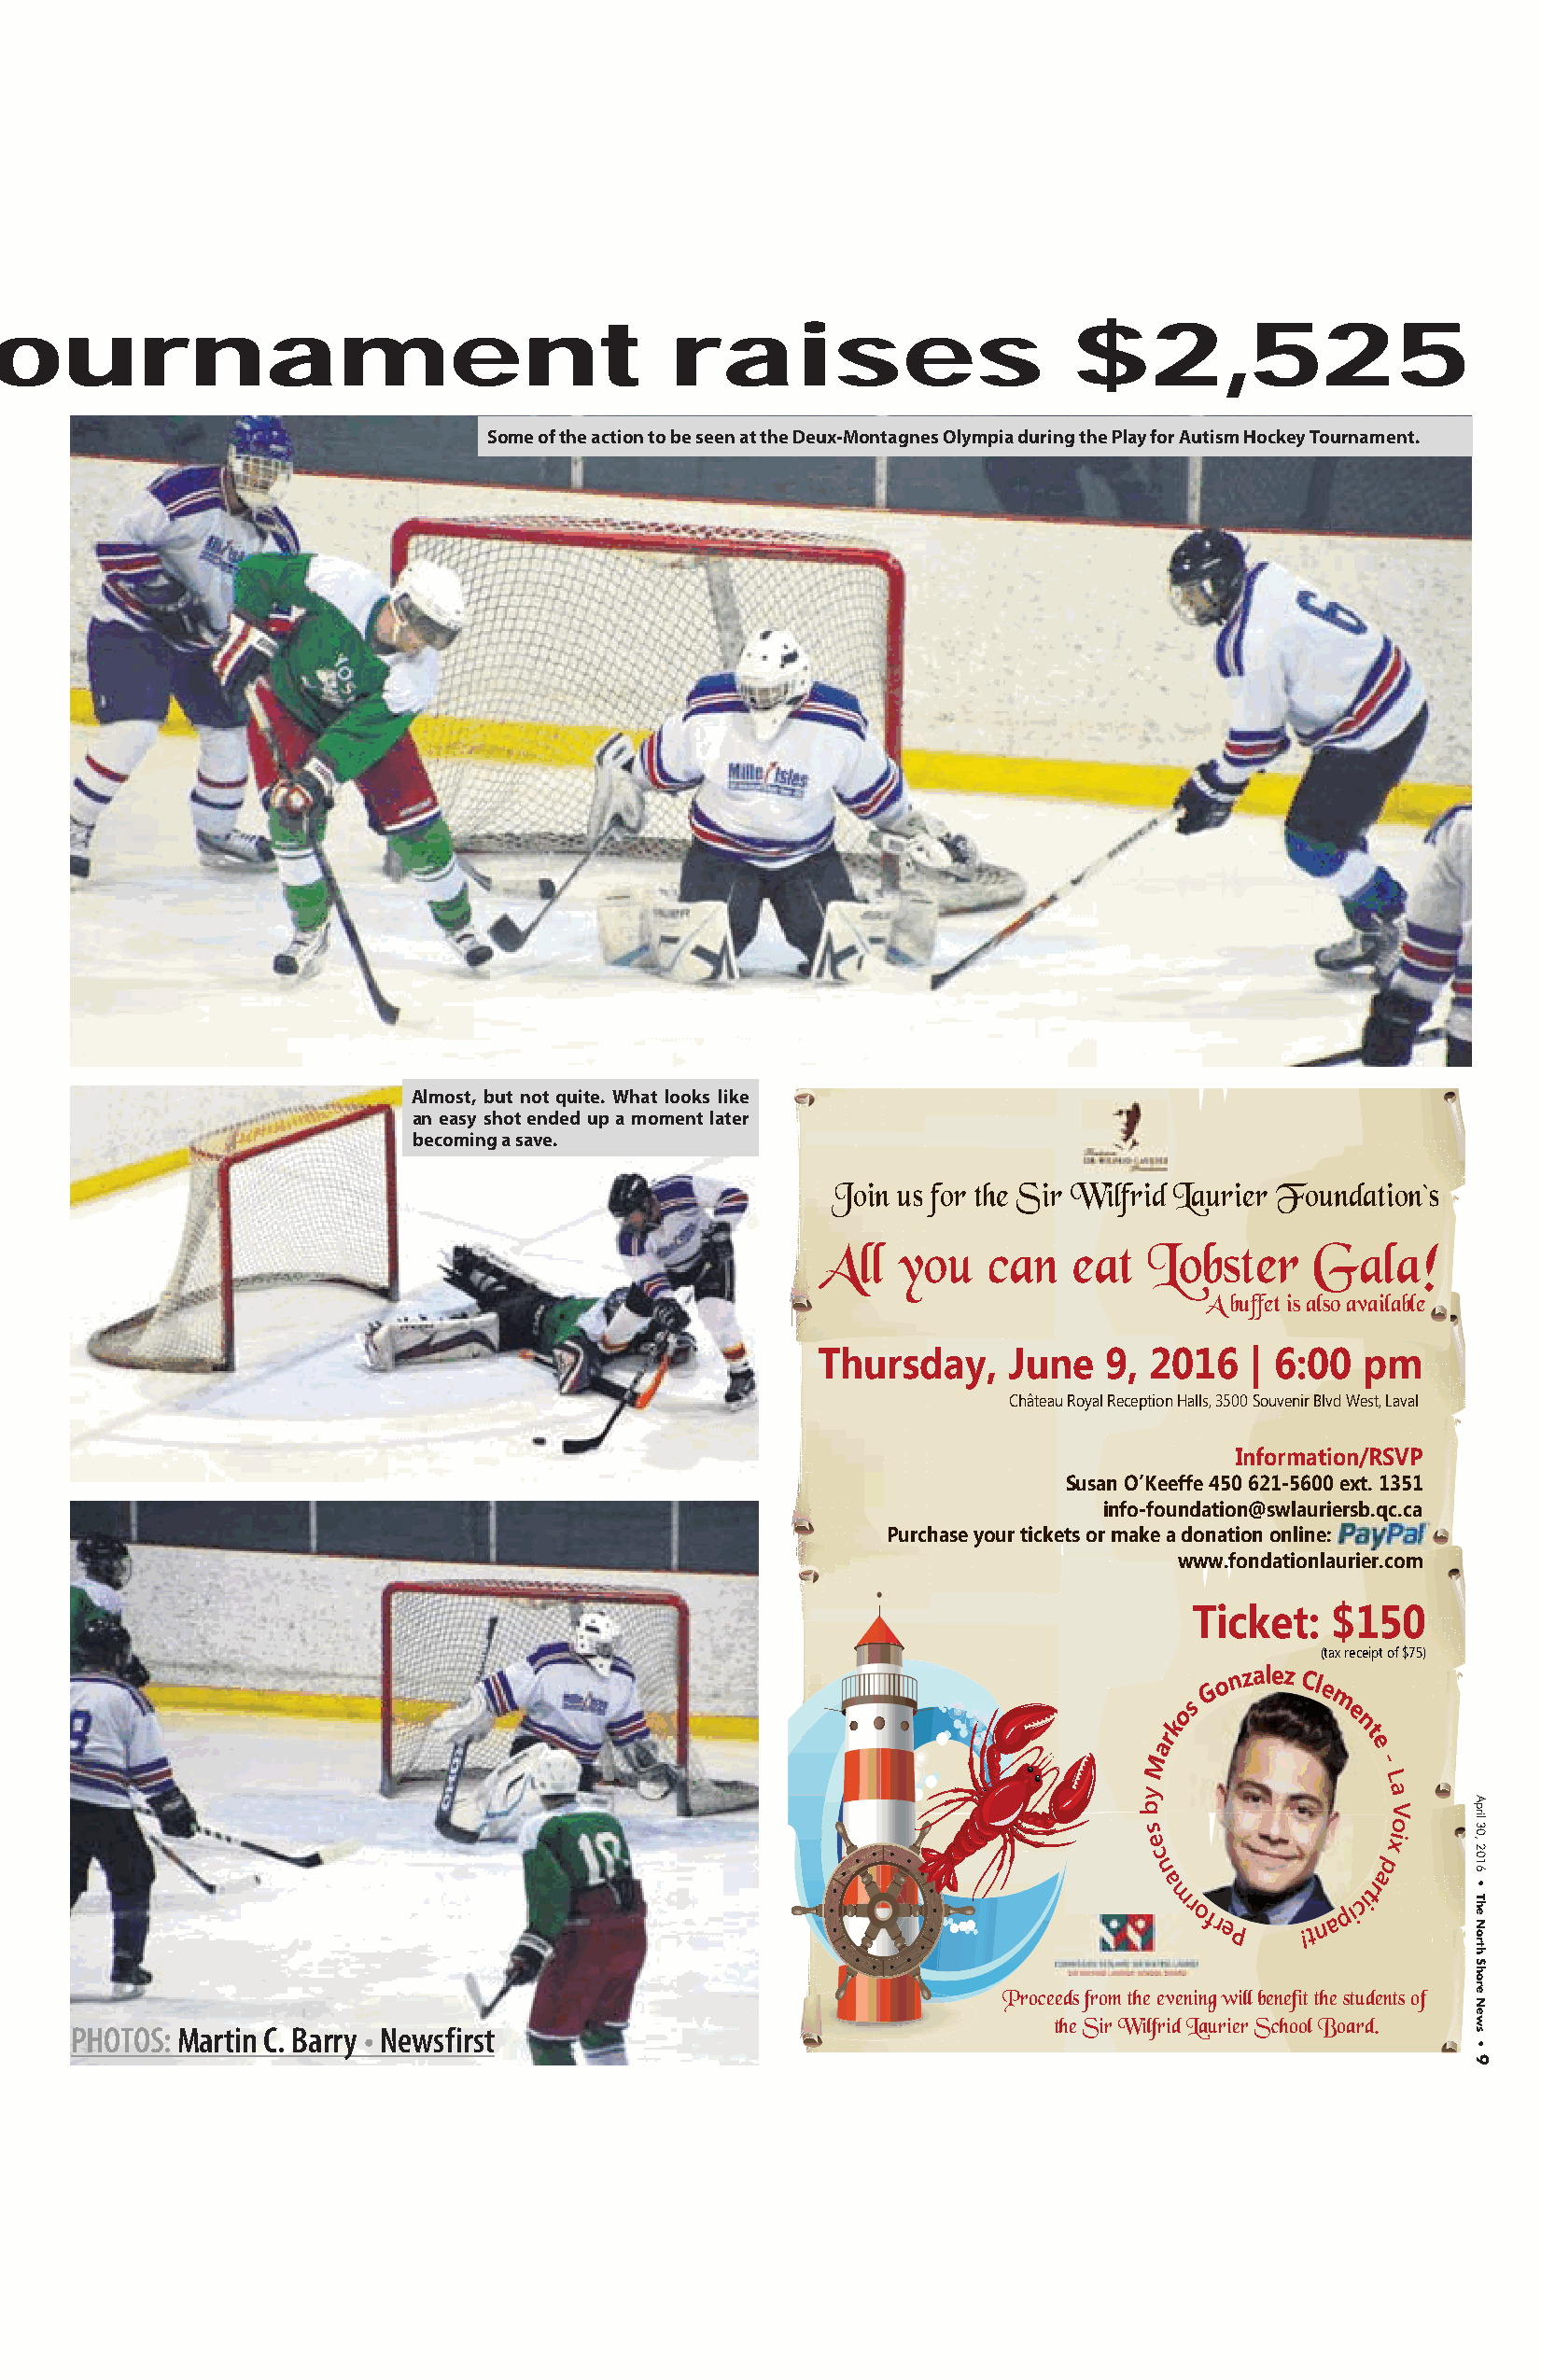
ournament                                       raises                      $2,525
 Some of the action to be seen at the Deux-Montagnes Olympia during the Play for Autism Hockey Tournament.
 Almost, but not quite. What looks like
 an easy shot ended up a moment later
 becoming a save.
 Join us for the Sir Wilfrid Laurier Foundation`s
 All   you   can   eat  Lobster     Gala!
 A buffet is also available
 Thursday,    June   9, 2016    | 6:00  pm
 Château Royal Reception Halls, 3500 Souvenir Blvd West, Laval
 Information/RSVP
 Susan O’Keeffe 450 621-5600 ext. 1351
 info-foundation@swlauriersb.qqc.ca
 Purchase your tickets or make a donation online:
 www.fondationlauriier.com
 Ticket:   $150
 (tax receipt of $75)
 G
 o n zalez Cl
 e
 s         m
 o          e
 k            n
 r              t
 a              e
 M                -
 L
 y                a
 b
 o
 s
 e
 xi
 c                p
 n               a
 a              r t
 mr
 ofreP
 !t n a
 pici
 Proceeds from the evening will benefit the students of
 PHOTOS: Martin C. Barry • Newsfirst                                   the Sir Wilfrid Laurier School Board.
 V      April
 30,
 2016
 •
 The
 North
 Shore
 News
 •
 9